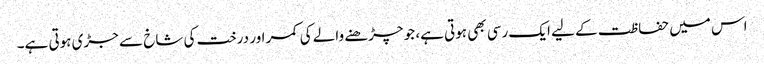
اس میں حفاظت کے لیے ایک رسی بھی ہوتی ہے، جو چڑھنے والے کی کمر اور درخت کی شاخ سے جڑی ہوتی ہے۔